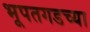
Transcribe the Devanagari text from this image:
भूपतगडच्या